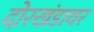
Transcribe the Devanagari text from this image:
दोरखंडावर